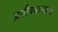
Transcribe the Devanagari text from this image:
प्रतीयमानवाद